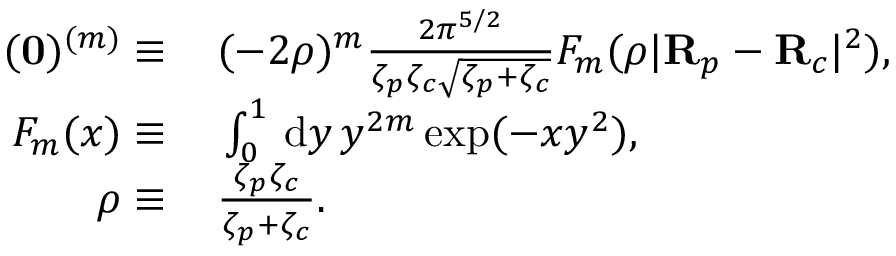
\begin{array} { r l } { ( \mathbf { 0 } ) ^ { ( m ) } \equiv \, } & { { } ( - 2 \rho ) ^ { m } \frac { 2 \pi ^ { 5 / 2 } } { \zeta _ { p } \zeta _ { c } \sqrt { \zeta _ { p } + \zeta _ { c } } } F _ { m } ( \rho | \mathbf { R } _ { p } - \mathbf { R } _ { c } | ^ { 2 } ) , } \\ { F _ { m } ( x ) \equiv \, } & { { } \int _ { 0 } ^ { 1 } \, \mathrm { d } y \, y ^ { 2 m } \exp ( - x y ^ { 2 } ) , } \\ { \rho \equiv \, } & { { } \frac { \zeta _ { p } \zeta _ { c } } { \zeta _ { p } + \zeta _ { c } } . } \end{array}